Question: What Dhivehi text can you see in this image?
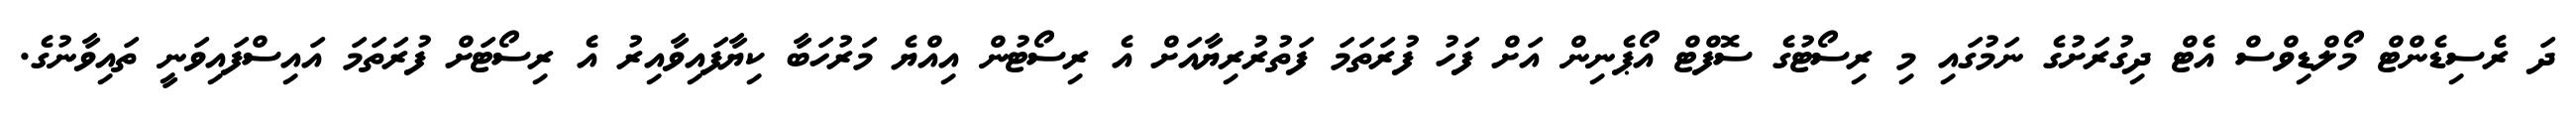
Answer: ދަ ރެސިޑެންޓް މޯލްޑިވްސް އެޓް ދިގުރަށުގެ ނަމުގައި މި ރިސޯޓުގެ ސޮފްޓް އޯޕެނިން އަށް ފަހު ފުރަތަމަ ފަތުރުރިޔާއަށް އެ ރިސޯޓުން އިއްޔެ މަރުހަބާ ކިޔާފައިވާއިރު އެ ރިސޯޓަށް ފުރަތަމަ އައިސްފައިވަނީ ތައިވާނުގެ.